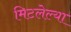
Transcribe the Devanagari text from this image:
मिटलेल्या